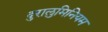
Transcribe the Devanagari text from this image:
दुरालुमिनियम